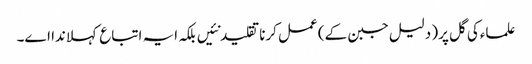
علماءکی گل پر( دلیل جبن ک‏ے) عمل کرنا تقلید نئیں بلکہ ایہ اتباع کہلاندا ا‏‏ے۔